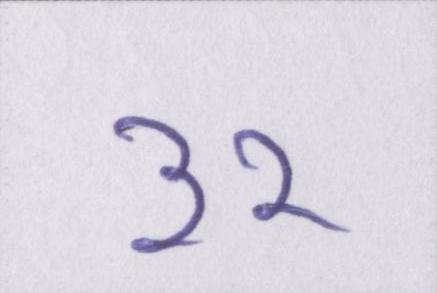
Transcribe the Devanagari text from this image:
३२